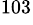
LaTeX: ^\mathrm{103}